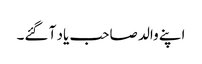
اپنے والد صاحب یاد آ گئے۔